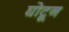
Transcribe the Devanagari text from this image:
घोटून